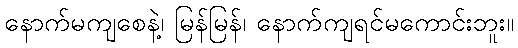
နောက်မကျစေနဲ့၊ မြန်မြန်၊ နောက်ကျရင်မကောင်းဘူး။